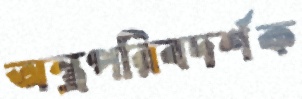
অস্ত্রপরিবদর্শক